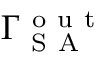
\Gamma _ { \mathrm { ~ S ~ A ~ } } ^ { \mathrm { ~ o ~ u ~ t ~ } }